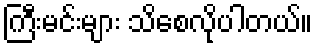
ကြီးမင်းများ သိစေလိုပါတယ်။